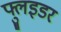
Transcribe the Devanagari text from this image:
फ्लुइडर